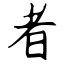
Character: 者